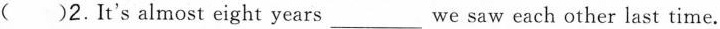
( )2.It's almost eight years_ we saw each other last time.